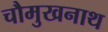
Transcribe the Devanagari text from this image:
चौमुखनाथ